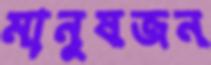
মানুষজন